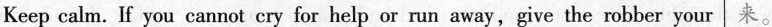
Keep calm. If you cannot cry for help or run away,give the robber your 来。